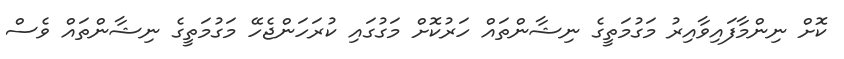
ކޮށް ނިންމާފައިވާއިރު މަގުމަތީގެ ނިޝާންތައް ހަރުކޮށް މަގުގައި ކުރަހަންޖެހޭ މަގުމަތީގެ ނިޝާންތައް ވެސް